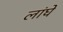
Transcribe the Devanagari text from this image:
लांघे